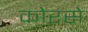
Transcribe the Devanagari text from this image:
कोरसे